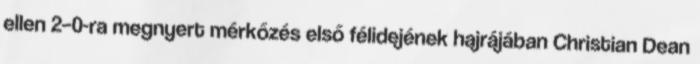
ellen 2–0-ra megnyert mérkőzés első félidejének hajrájában Christian Dean